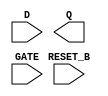
module sky130_fd_sc_hvl__dlrtp (
    //# {{data|Data Signals}}
    input  D      ,
    output Q      ,

    //# {{control|Control Signals}}
    input  RESET_B,

    //# {{clocks|Clocking}}
    input  GATE
);

    // Voltage supply signals
    supply1 VPWR;
    supply0 VGND;
    supply1 VPB ;
    supply0 VNB ;

endmodule